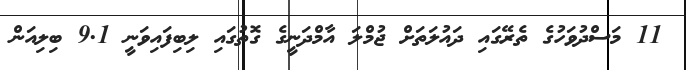
11 މަސްދުވަހުގެ ތެރޭގައި ދައުލަތަށް ޖުމްލަ އާމްދަނީގެ ގޮތުގައި ލިބިފައިވަނީ 9.1 ބިލިއަން